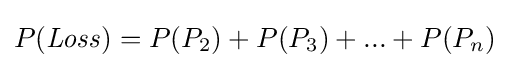
P({\mathit {Loss}})=P(P_{2})+P(P_{3})+...+P(P_{n})